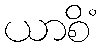
ယာစိံ